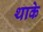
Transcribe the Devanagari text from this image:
थाके